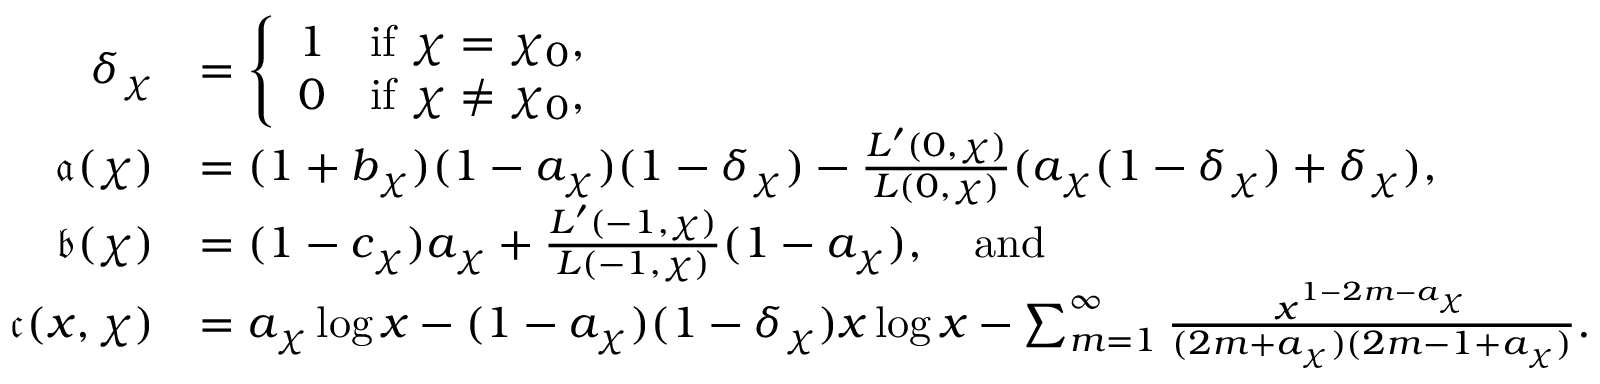
\begin{array} { r l } { \delta _ { \chi } } & { = \left\{ \begin{array} { l l } { 1 } & { \mathrm { i f ~ } \chi = \chi _ { 0 } , } \\ { 0 } & { \mathrm { i f ~ } \chi \neq \chi _ { 0 } , } \end{array} \right. } \\ { \mathfrak { a } ( \chi ) } & { = ( 1 + b _ { \chi } ) ( 1 - a _ { \chi } ) ( 1 - \delta _ { \chi } ) - \frac { L ^ { \prime } ( 0 , \chi ) } { L ( 0 , \chi ) } ( a _ { \chi } ( 1 - \delta _ { \chi } ) + \delta _ { \chi } ) , } \\ { \mathfrak { b } ( \chi ) } & { = ( 1 - c _ { \chi } ) a _ { \chi } + \frac { L ^ { \prime } ( - 1 , \chi ) } { L ( - 1 , \chi ) } ( 1 - a _ { \chi } ) , \quad \mathrm { a n d } } \\ { \mathfrak { c } ( x , \chi ) } & { = a _ { \chi } \log { x } - ( 1 - a _ { \chi } ) ( 1 - \delta _ { \chi } ) x \log { x } - \sum _ { m = 1 } ^ { \infty } \frac { x ^ { 1 - 2 m - a _ { \chi } } } { ( 2 m + a _ { \chi } ) ( 2 m - 1 + a _ { \chi } ) } . } \end{array}